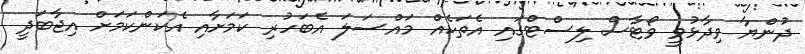
ދުންޔާ ވިދާޅުވީ ވޯޓާސް ލިސްޓްގައި އެތަކެއް މައްސަލަ އެބަހުރި ކަމަށާއި އެކަންކަމަށް އިޖާބަދީ